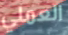
العملي